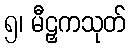
၅၊ မီဠှကသုတ်